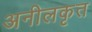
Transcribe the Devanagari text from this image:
अनीलकृत